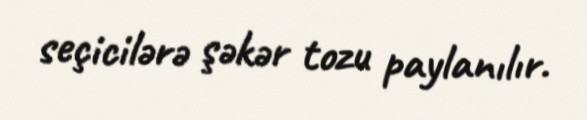
seçicilərə şəkər tozu paylanılır.